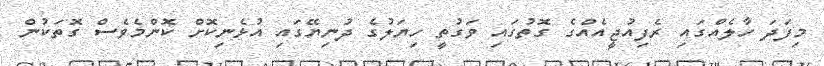
މިފަދަ ހާލެއްގައި ރެފިއުޖީއެއްގެ ގޮތުގައި ވަގުތީ ހިޔަލުގެ ދުނިޔޭގައި އުޅެނިކޮށް ކޮންމެވެސް ގޮތަކުން